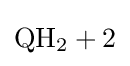
{\mathrm {QH} {\vphantom {A}}_{\smash[{t}]{2}}{}+{}2}